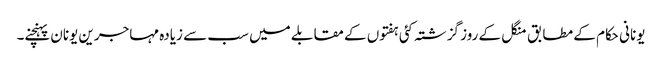
یونانی حکام کے مطابق منگل کے روز گزشتہ کئی ہفتوں کے مقابلے میں سب سے زیادہ مہاجرین یونان پہنچنے۔